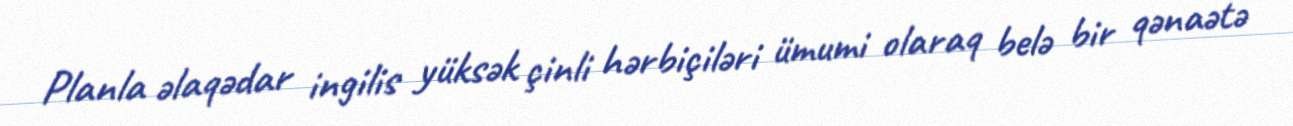
Planla əlaqədar ingilis yüksək çinli hərbiçiləri ümumi olaraq belə bir qənaətə